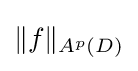
\|f\|_{A^{p}(D)}